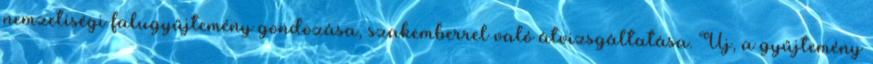
nemzetiségi falugyűjtemény gondozása, szakemberrel való átvizsgáltatása. Új, a gyűjtemény